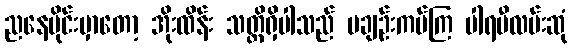
ညနေပိုင်းမှာတော့ အိုးထိန်း သတ္တိရှိပါသည် မချဉ်းကပ်ကြ ပါရမီလမ်းဆုံ